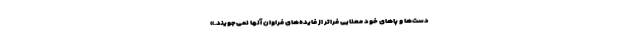
دست‌ها و پاهای خود معنایی فراتر از فایده‌های فراوان آنها نمی‌جویند.»